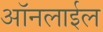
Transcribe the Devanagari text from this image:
ऑनलाईल